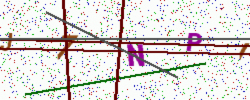
Text: J7NPI